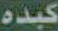
كبده